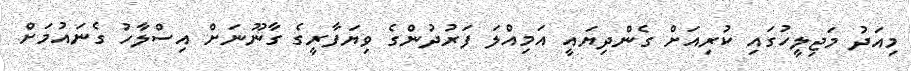
މިއަދު މަޖިލީހުގައި ކުރިއަށް ގެންދިޔައީ އަމިއްލަ ފަރުދުންގެ ވިޔަފާރީގެ ގާނޫނަަށް އިސްލާހު ގެނައުމަށް